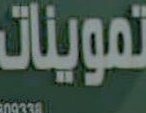
تموينات